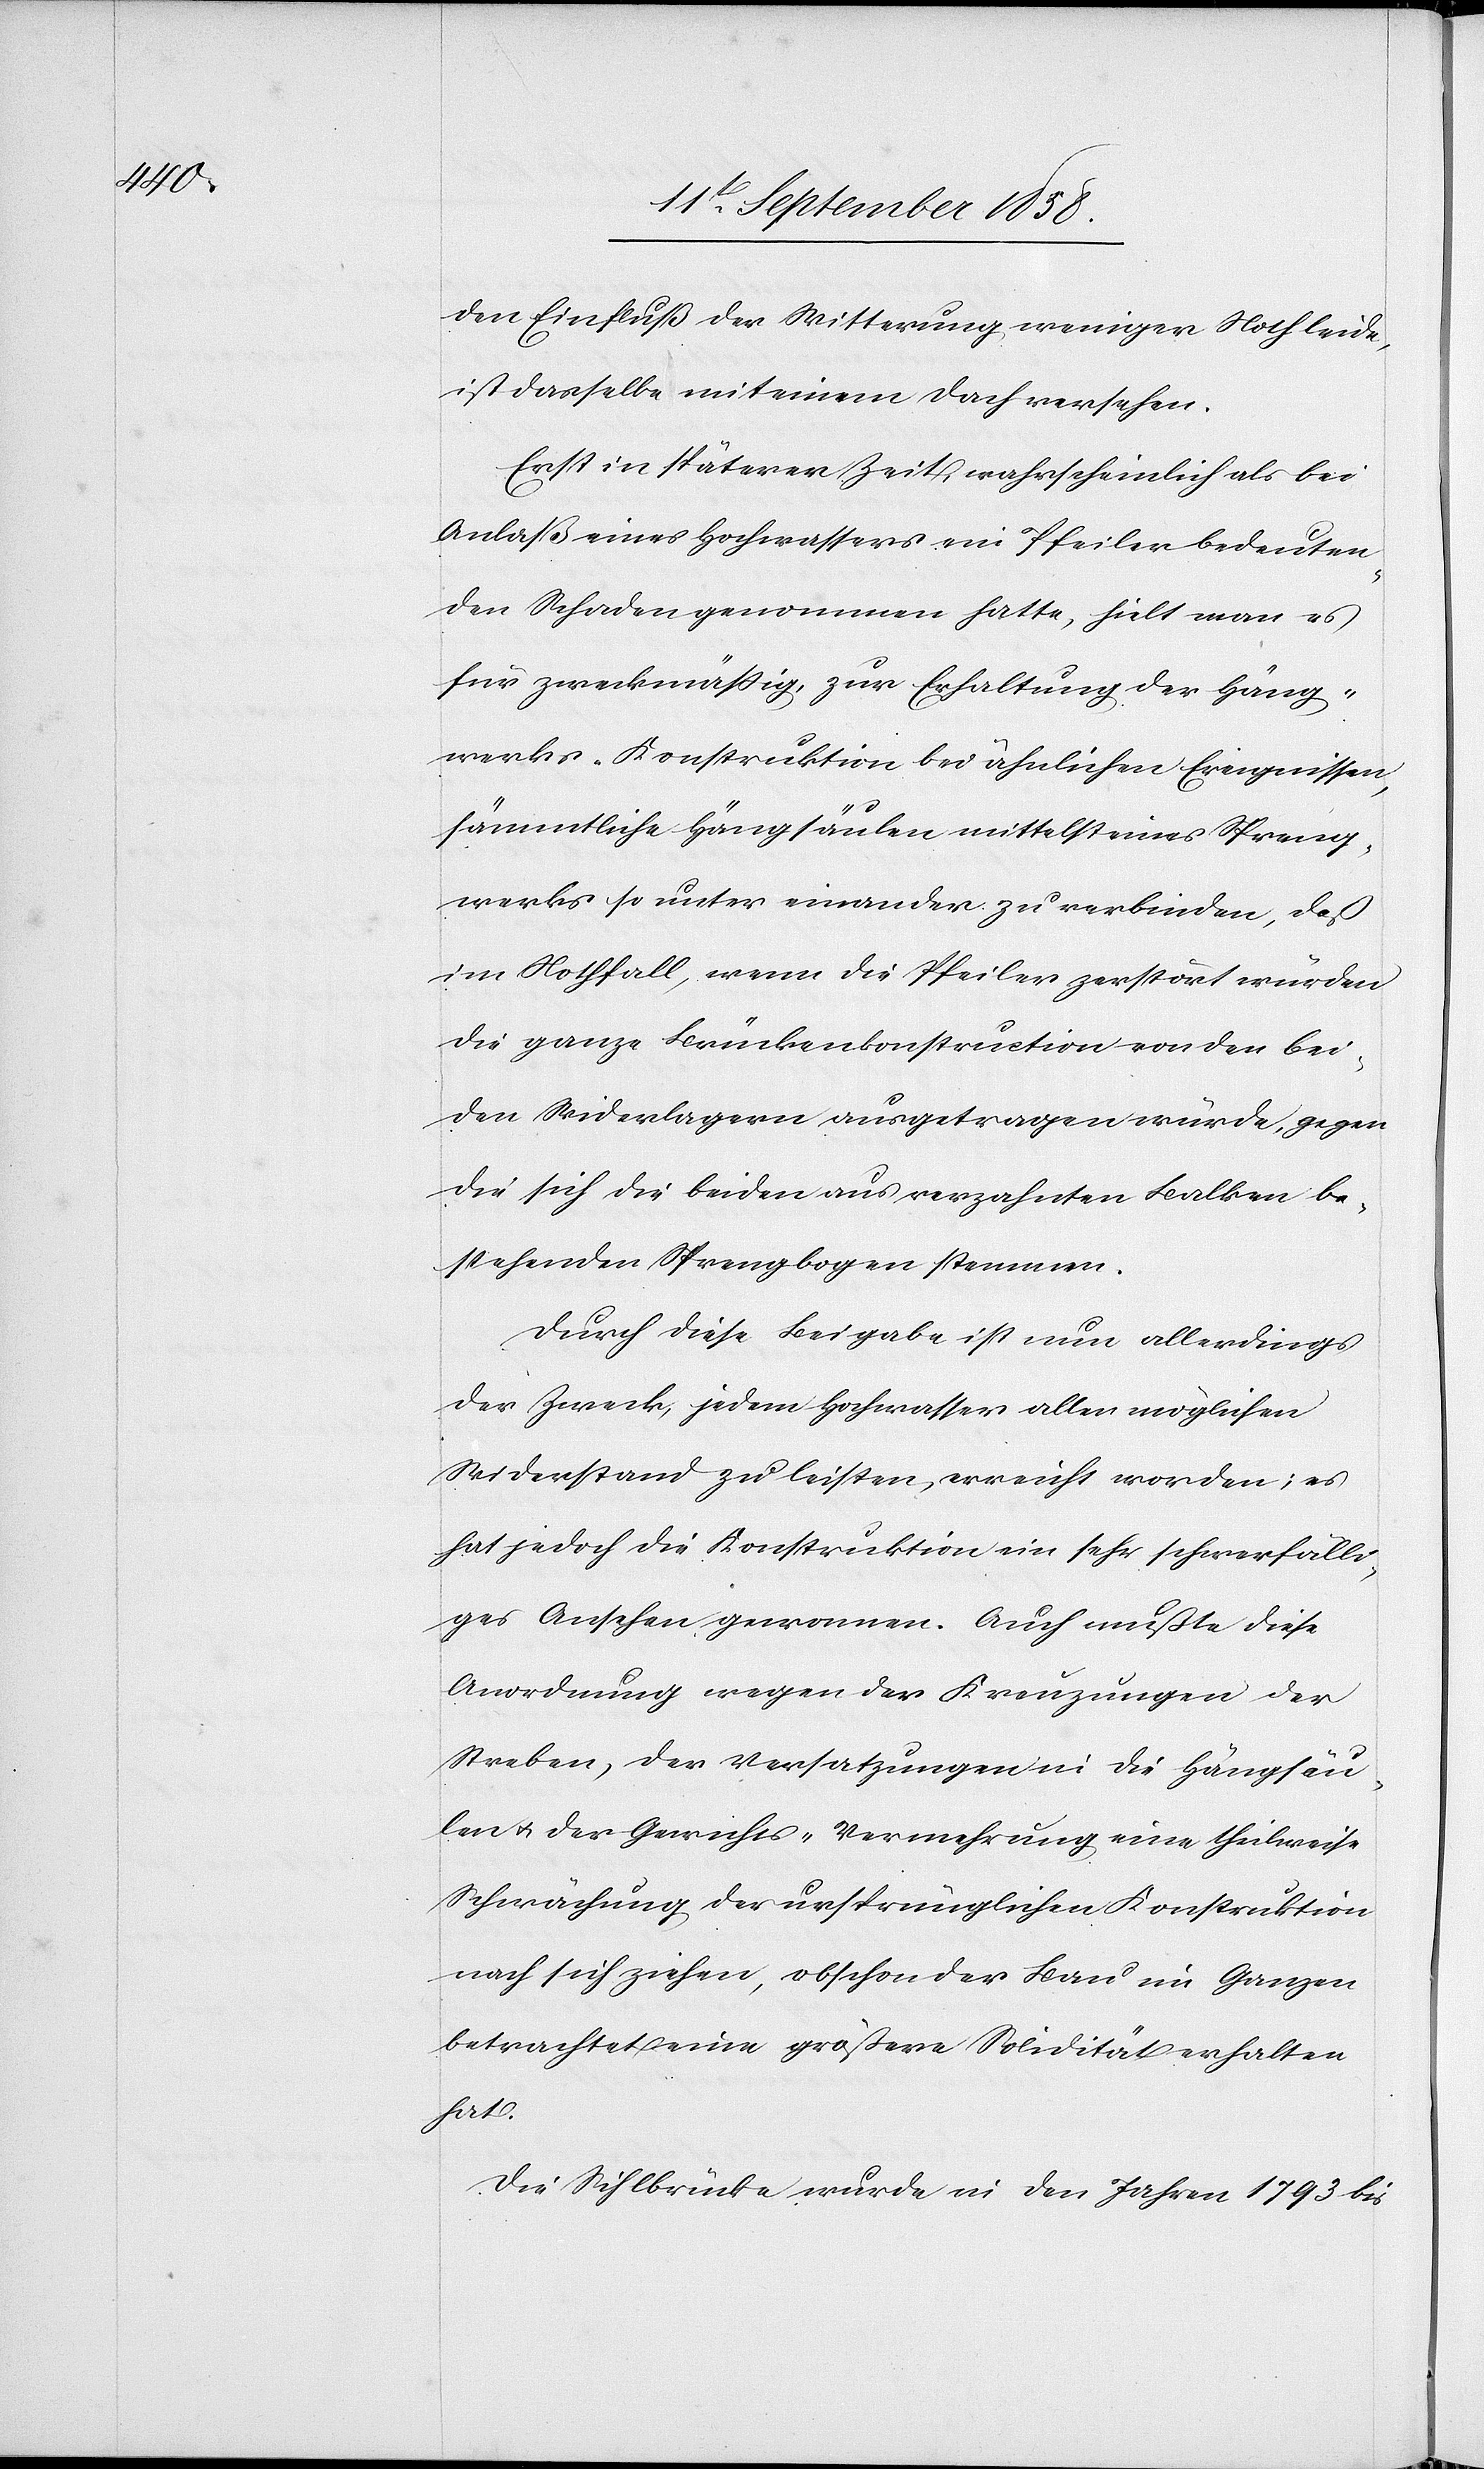
den Einfluß der Witterung weniger Noth leide,
ist dasselbe mit einem Dach versehen.
Erst in späterer Zeit, wahrscheinlich als bei
Anlaß eines Hochwassers ein Pfeiler bedeuten¬
den Schaden genommen hatte, hielt man es
für zweckmäßig, zur Erhaltung der Häng¬
werks-Konstruktion bei ähnlichen Ereignissen,
sämmtliche Hängsäulen mittelst eines Spreng¬
werkes so unter einander zu verbinden, daß
im Nothfall, wenn die Pfeiler zerstört würden
die ganze Brückenkonstruction von den bei¬
den Widerlagern ausgetragen würde, gegen
die sich die beiden aus verzahnten Balken be¬
stehenden Sprengbogen stemmen.
Durch diese Beigabe ist nun allerdings
der Zweck, jedem Hochwasser allen möglichen
Widerstand zu leisten, erreicht worden; es
hat jedoch die Konstruktion ein sehr schwerfälli¬
ges Ansehen gewonnen. Auch mußte diese
Anordnung wegen der Kreuzungen der
Streben, der Versatzungen in die Hängsäu¬
len & der Gewichts-Vermehrung eine theilweise
Schwächung der ursprünglichen Konstruktion
nach sich ziehen, obschon der Bau im Ganzen
betrachtet eine größere Solidität erhalten
hat.
Die Sihlbrücke wurde in den Jahren 1793 bis